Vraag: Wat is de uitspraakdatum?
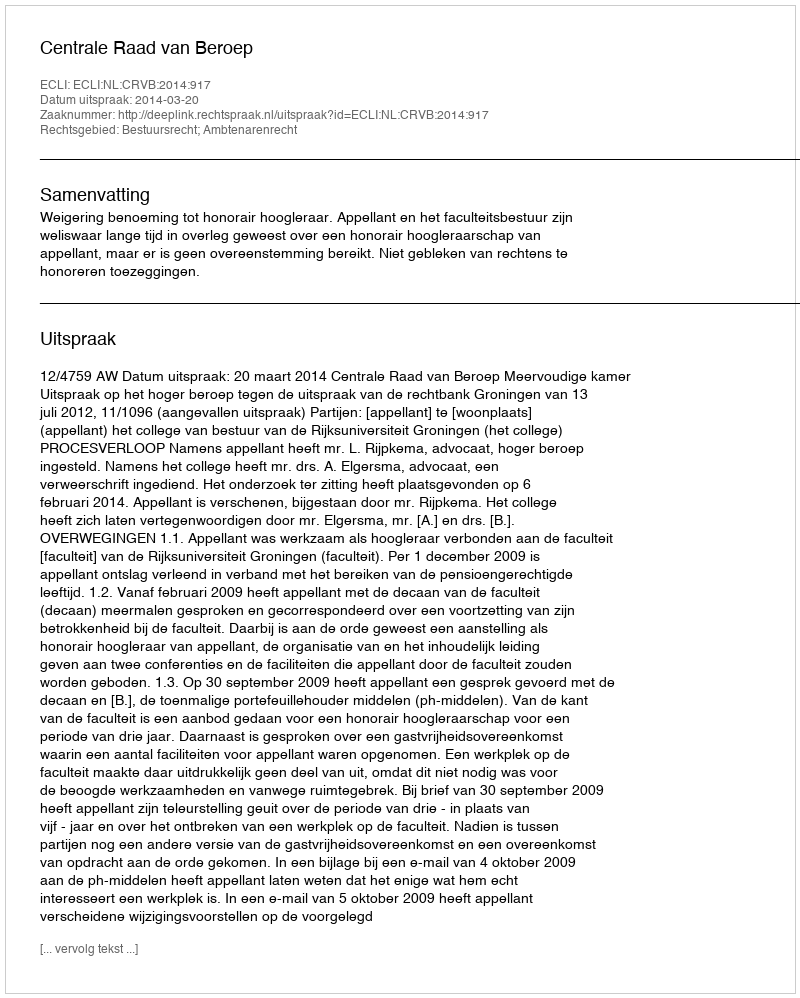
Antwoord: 2014-03-20